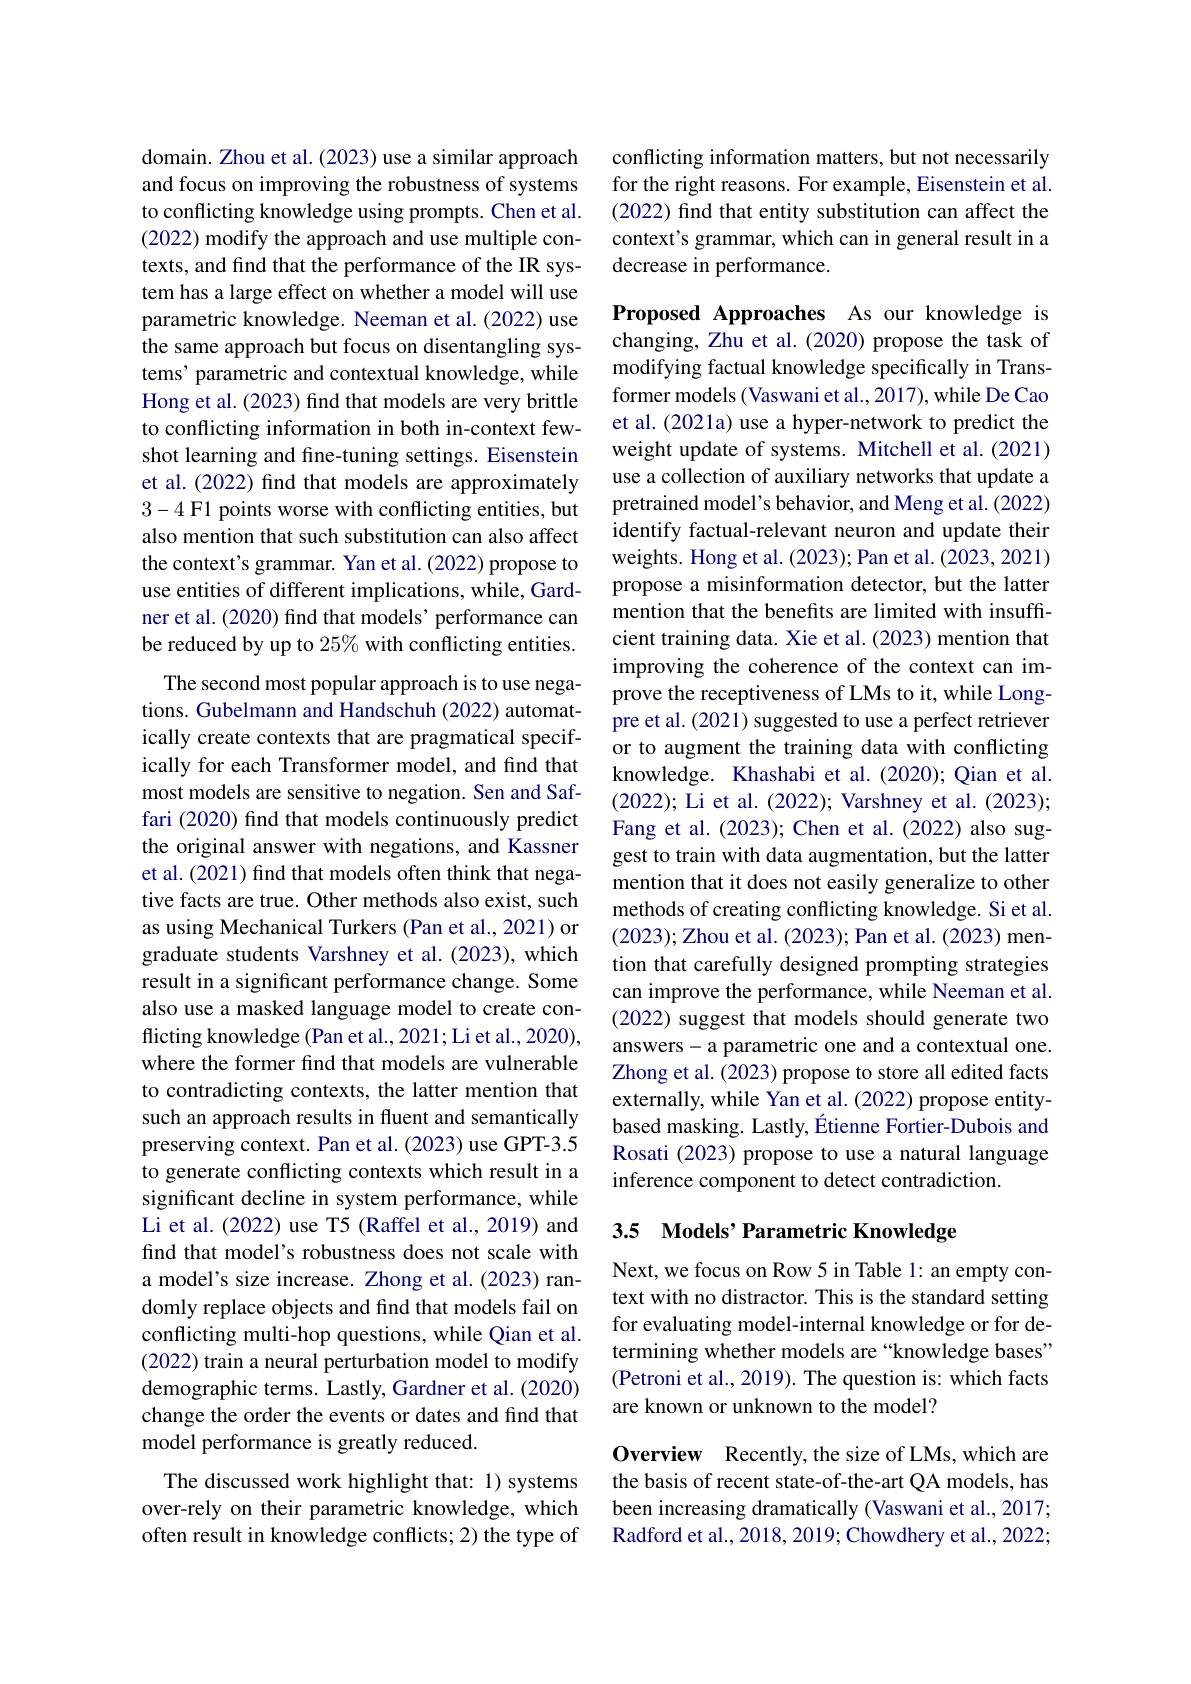
domain. Zhou et al. (2023) use a similar approach and focus on improving the robustness of systems to conflicting knowledge using prompts. Chen et al. (2022) modify the approach and use multiple contexts, and find that the performance of the IR system has a large effect on whether a model will use parametric knowledge. Neeman et al. (2022) use the same approach but focus on disentangling systems' parametric and contextual knowledge, while Hong et al. (2023) find that models are very brittle to conflicting information in both in-context fewshot learning and fine-tuning settings. Eisenstein et al. (2022) find that models are approximately 3-4 F1 points worse with conflicting entities, but also mention that such substitution can also affect the context's grammar. Yan et al. (2022) propose to use entities of different implications, while, Gardner et al. (2020) find that models' performance can be reduced by up to $25\%$ with conflicting entities.
The second most popular approach is to use negations. Gubelmann and Handschuh (2022) automatically create contexts that are pragmatical specifically for each Transformer model, and find that most models are sensitive to negation. Sen and Saffari (2020) find that models continuously predict the original answer with negations, and Kassner et al. (2021) find that models often think that negative facts are true. Other methods also exist, such as using Mechanical Turkers (Pan et al., 2021) or graduate students Varshney et al. (2023), which result in a significant performance change. Some also use a masked language model to create conflicting knowledge (Pan et al., 2021; Li et al., 2020), where the former find that models are vulnerable to contradicting contexts, the latter mention that such an approach results in fluent and semantically preserving context. Pan et al. (2023) use GPT-3.5 to generate conflicting contexts which result in a significant decline in system performance, while Li et al. (2022) use T5 (Raffel et al., 2019) and find that model's robustness does not scale with a model's size increase. Zhong et al. (2023) randomly replace objects and find that models fail on conflicting multi-hop questions, while Qian et al. (2022) train a neural perturbation model to modify demographic terms. Lastly, Gardner et al. (2020) change the order the events or dates and find that model performance is greatly reduced.
The discussed work highlight that: 1) systems over-rely on their parametric knowledge, which often result in knowledge conflicts; 2) the type of

conflicting information matters, but not necessarily for the right reasons. For example, Eisenstein et al. (2022) find that entity substitution can affect the context's grammar, which can in general result in a decrease in performance.

Proposed Approaches As our knowledge is changing, Zhu et al. (2020) propose the task of modifying factual knowledge specifically in Transformer models (Vaswani et al., 2017), while De Cao et al. (2021a) use a hyper-network to predict the weight update of systems. Mitchell et al. (2021) use a collection of auxiliary networks that update a pretrained model's behavior, and Meng et al. (2022) identify factual-relevant neuron and update their weights. Hong et al. (2023); Pan et al. (2023, 2021) propose a misinformation detector, but the latter mention that the benefits are limited with insufficient training data. Xie et al. (2023) mention that improving the coherence of the context can improve the receptiveness of LMs to it, while Longpre et al. (2021) suggested to use a perfect retriever or to augment the training data with conflicting knowledge. Khashabi et al.(2020); Qian et al. (2022); Li et al. (2022); Varshney et al. (2023); Fang et al. (2023); Chen et al. (2022) also suggest to train with data augmentation, but the latter mention that it does not easily generalize to other methods of creating conflicting knowledge. Si et al. (2023);Zhou et al. (2023); Pan et al. (2023) mention that carefully designed prompting strategies can improve the performance, while Neeman et al. (2022) suggest that models should generate two answers- a parametric one and a contextual one. Zhong et al. (2023) propose to store all edited facts externally, while Yan et al. (2022) propose entitybased masking. Lastly, Étienne Fortier-Dubois and Rosati (2023) propose to use a natural language inference component to detect contradiction.

## 3.5 Models’ Parametric Knowledge

Next, we focus on Row 5 in Table 1: an empty context with no distractor. This is the standard setting for evaluating model-internal knowledge or for determining whether models are “knowledge bases” (Petroni et al., 2019). The question is: which facts are known or unknown to the model?

Overview Recently, the size of LMs, which are the basis of recent state-of-the-art QA models, has been increasing dramatically (Vaswani et al., 2017; Radford et al., 2018, 2019; Chowdhery et al., 2022;